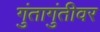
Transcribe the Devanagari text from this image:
गुंतागुंतीवर